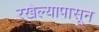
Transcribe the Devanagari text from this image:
रखेल्यापासून